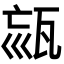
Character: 𤭉